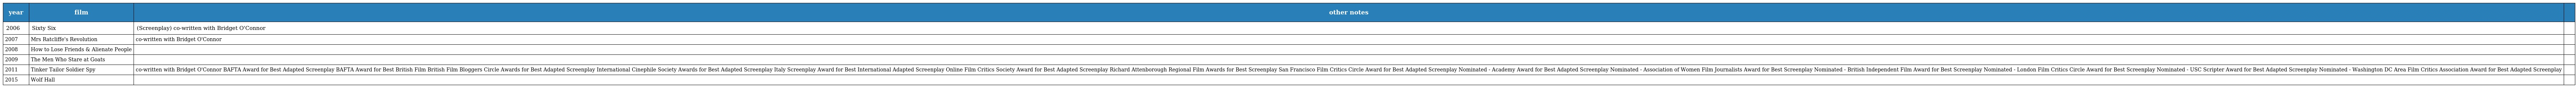
| year | film | other notes |  |
 | --- | --- | --- | --- |
 | 2006 | Sixty Six | (Screenplay) co-written with Bridget O'Connor |  |
 | 2007 | Mrs Ratcliffe's Revolution | co-written with Bridget O'Connor |  |
 | 2008 | How to Lose Friends & Alienate People |  |  |
 | 2009 | The Men Who Stare at Goats |  |  |
 | 2011 | Tinker Tailor Soldier Spy | co-written with Bridget O'Connor BAFTA Award for Best Adapted Screenplay BAFTA Award for Best British Film British Film Bloggers Circle Awards for Best Adapted Screenplay International Cinephile Society Awards for Best Adapted Screenplay Italy Screenplay Award for Best International Adapted Screenplay Online Film Critics Society Award for Best Adapted Screenplay Richard Attenborough Regional Film Awards for Best Screenplay San Francisco Film Critics Circle Award for Best Adapted Screenplay Nominated - Academy Award for Best Adapted Screenplay Nominated - Association of Women Film Journalists Award for Best Screenplay Nominated - British Independent Film Award for Best Screenplay Nominated - London Film Critics Circle Award for Best Screenplay Nominated - USC Scripter Award for Best Adapted Screenplay Nominated - Washington DC Area Film Critics Association Award for Best Adapted Screenplay |  |
 | 2015 | Wolf Hall |  |  |